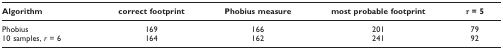
<table><thead><tr><td><b>Algorithm</b></td><td><b>correct footprint</b></td><td><b>Phobius measure</b></td><td><b>most probable footprint</b></td><td><b><i>τ </i>= 5</b></td></tr></thead><tbody><tr><td>Phobius</td><td>169</td><td>166</td><td>201</td><td>79</td></tr><tr><td>10 samples, <i>r </i>= 6</td><td>164</td><td>162</td><td>241</td><td>92</td></tr></tbody></table>